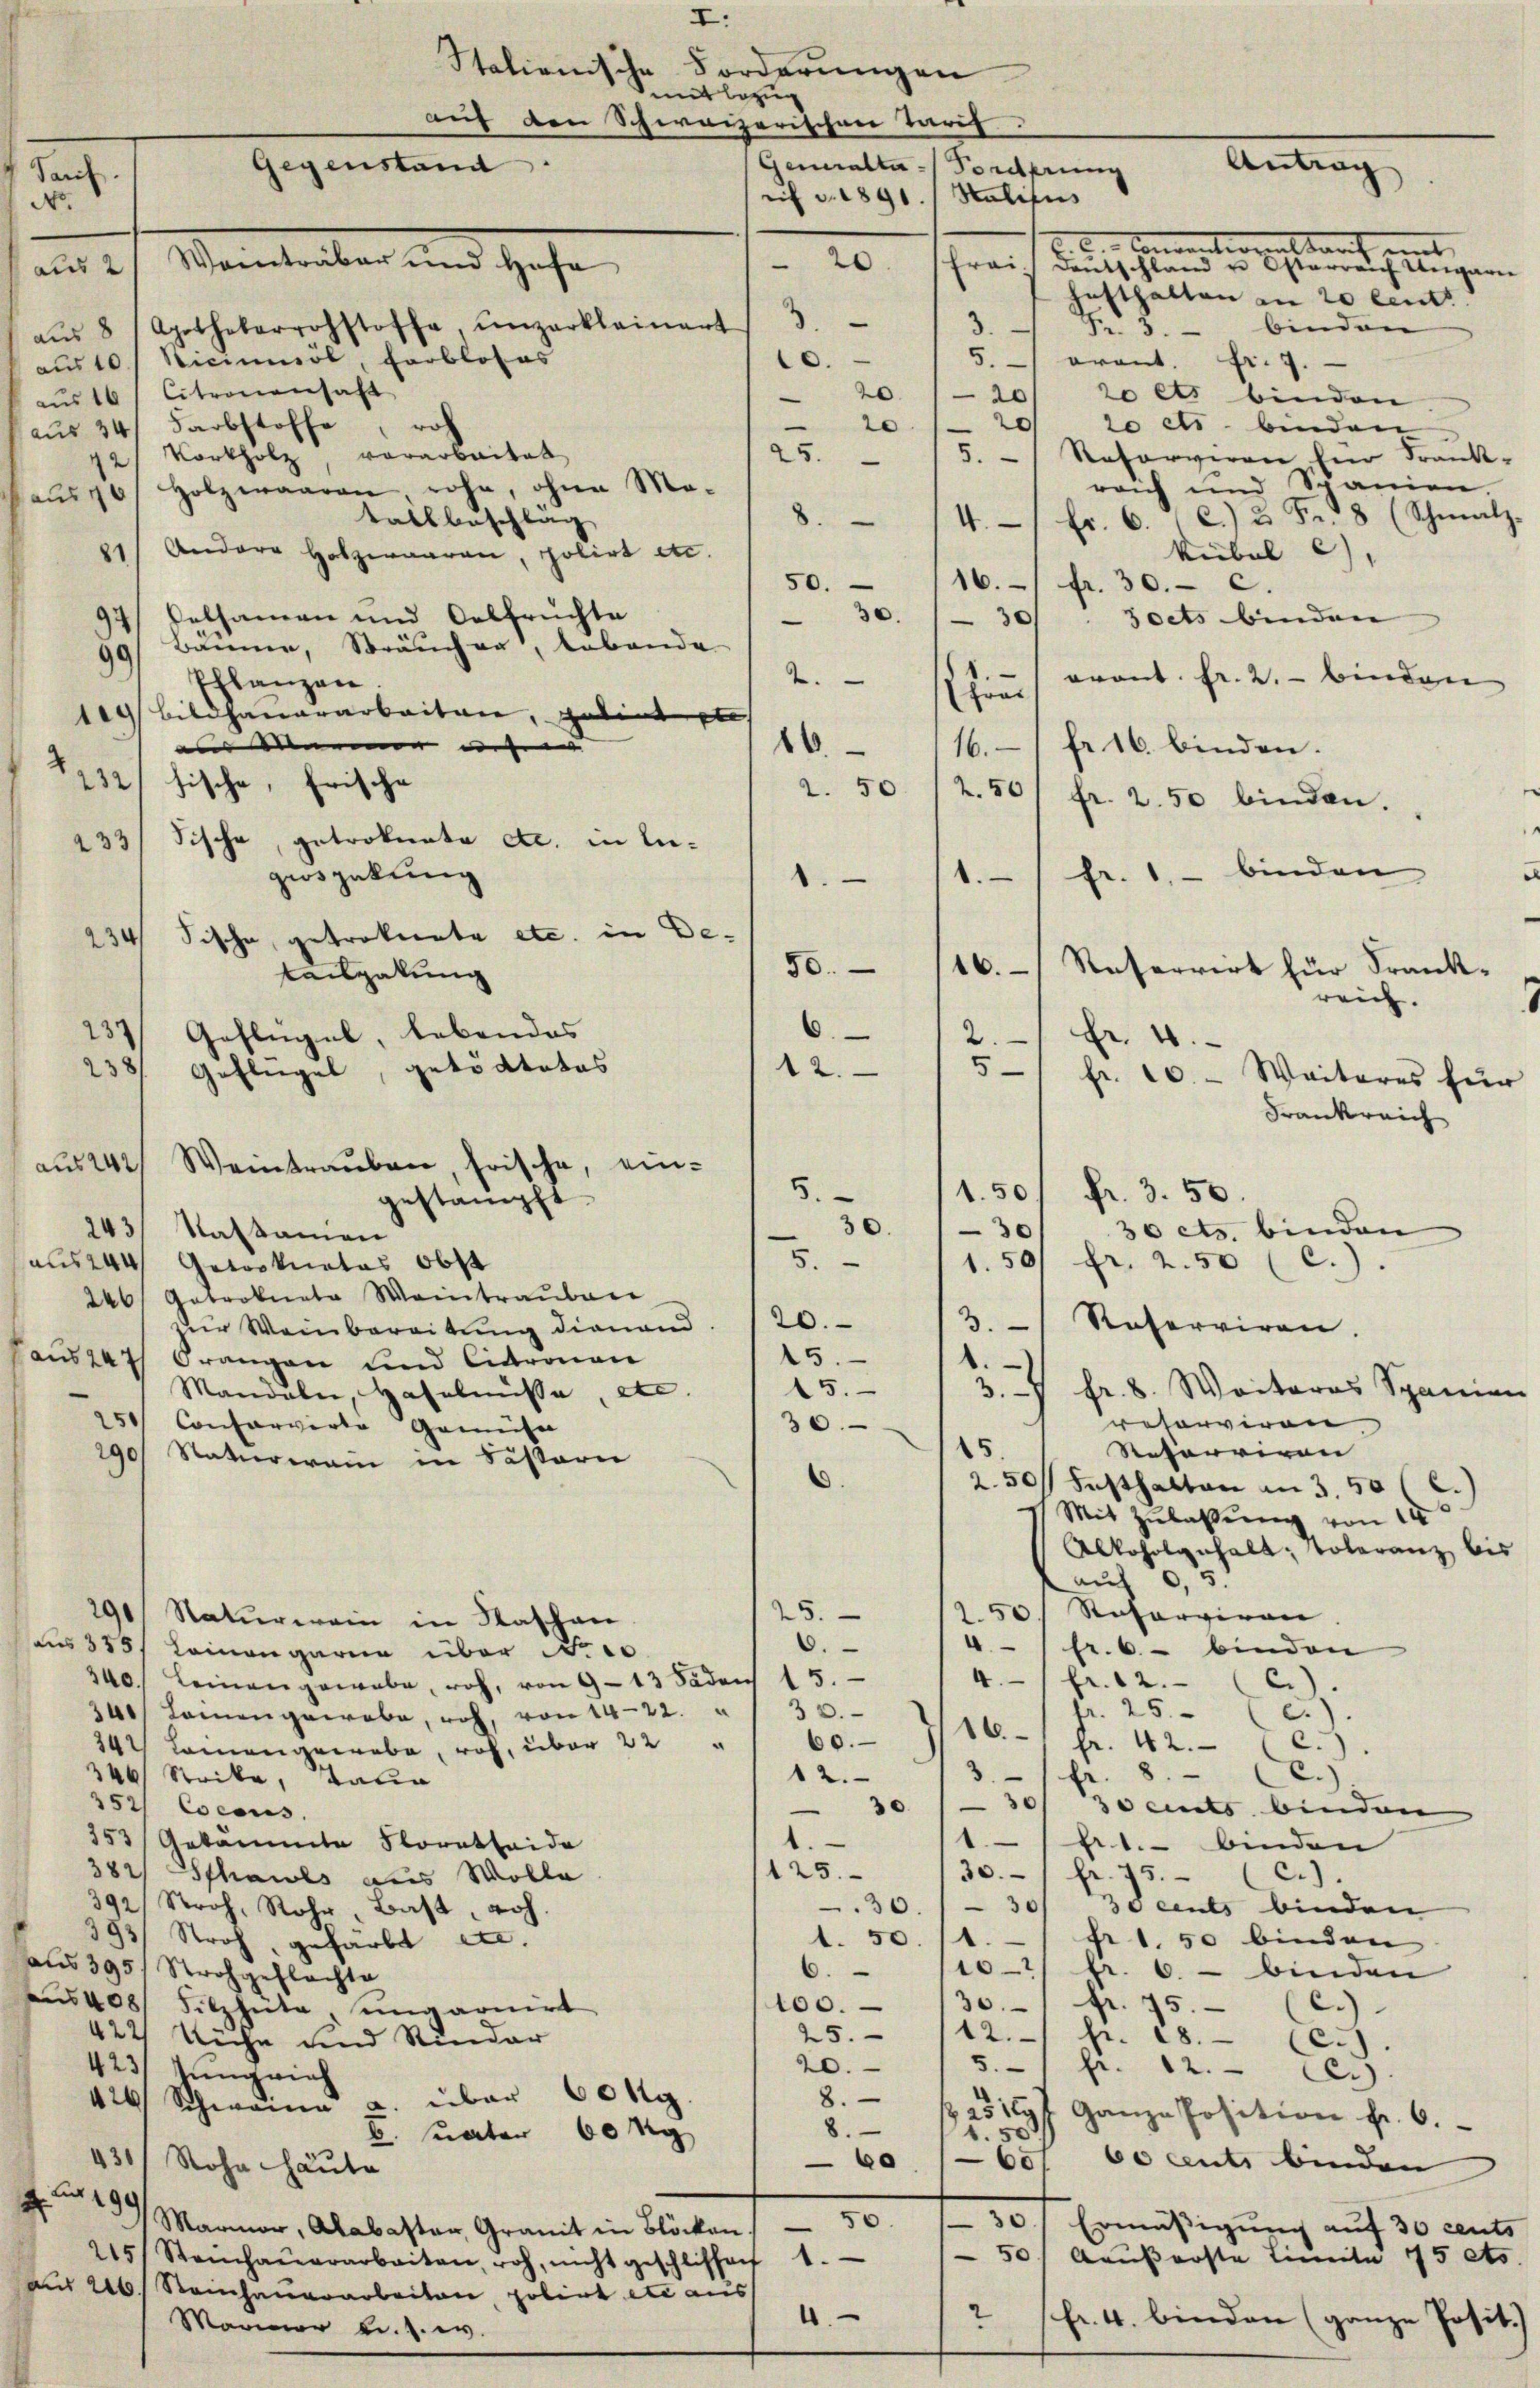
Paris.

Gewalte Forderung
NNo.
au
5./ orant. Fr. 9.
2o es binden
20
20
20 cts. binden
5. Reforveran hier Frank-
reich und Spanien.
8. 14. fr. 6. C.) 3 Fr. 8 (Schmalz-
kübel 6),
81
50.
16. fr. 30. c.
2 Felsamen und Oelfrüchte
Joets binden
30.
30
Baume, Sträucher, lebende
vront. Fr. 2. binden
Pflanzen
hin
19 Bildhauerarbeiten, gebietete
asmer wehr |
fr. 16. binden.
16.
232) Fische, frische
2.50
fr. 2.50 binden.
233/ Fische, getroknete etc. in Lufr. 1. binden
ziospekung
.
234 Fische, getrokurate etc. in De¬
.
tailpakung
237 Geflügel, lebendes
2.
Fr. 4.
238/ Geflügel, getödtetes
aus 242
Weintrauben, frische, ein¬
.50
e
243/ Nastamen
1.50 fr. 2.50 (c.).
aus 244 Getronates Obst
246, Gatronate Weintrauben
3.
Reserviren.
der Weinbereitung dienand
45.
aus 247
.
Orangen und Citronen
15.
3.7 Fr. 8. Weiteres Spanien
Mandale, Haselnüsse, etc.
resorviren
30.
150 Conforvirte Gemüse
15.
Retorrigon |
290 Naturerain in Sästori
.
2.50 Festhalten an 3 50 (c.
e
Mit Zulassung von 14
Alkoholgnhalt: Toleranz bis
auf 0,5
250) Reserviren
25.
291. Naturerein in Kaschen
6.
4. " fr. 6. binden
aus 315, Leinengarin über No 10
4fr. 12.
340. Leinangewebe, roh, von 9-13 Fadens 15.
fr. 25. (c.
240. Lamen gewebe, noch, von 1422. " " 30.
16" fr. 42. (c.
60.
242. Leinen gewebe, roh, über 22 "
3
8. Ce.)
E
12.
146 Stocke, Tann
30/ 30 ents binden
30
252/ Cocons
1
153, Gekannte Floratseide
1. binden
125.
30. fr. 75. (c).
382/ Shawls aus Wolle
30.
se ents binden
392, Stroh, Rohr, Bast, Joh.
¬
38
.
fr 1 50 binden
1. 50.
Stroh, gefärbt etc.
aus 395, Strohgeflachte
.
10-/ fr. 6. - binden
30 " fr. 75. (c.)
100.
 408. Silzheite, ungarnirt
25.
12. Fr. 18 (c.)
422 Reche und Rinder
5.
20.
fr. 12. C.)
423. Jungrich
8.
426 Schwana a. über 60 g
25 189 f. Ganze Position fr. 6.
8.
.50.
E. unter 60 kg
60 so cents binden
60
431/ Sohn Häute
A 299.
Ermäßigung auf 30 cents
Marmor, Alabaster, Granit in Blöcken 50
50 Gaußerste Limite 75 ets
215, Steinhaŭerarbeiten, roh, nicht geschlissen 1.
au 226. Standhauerarbeiten polirt etc aus
4
fr. 4. binden (ganze Posit.
2
Mariner u. s. w.

I.
Stalienische Forderungen
mit bezug
Gegenstand
Weinträber und Hofe
20
—
3
aŭs 8 Apothekarrohstoffe unzarklainert
aus 10f Nicinmöl, Farbloses
10.
aŭs 16, Citronensaft
20
0
wo
aus 34/ Farbstoffe
2/ Korkholz vorarbaitat
25.
aŭs 70/ Holzwaaren, rohe, ohne Mo-
tallbeschlag
Andere Holzwaaren, polirt etc.

gestampft.

auf den Schweizerischen Tarif

2.
16.
2.50.
.
50.
6.
2.
5.
30
5.
20.

rif v. 1891. Salicus

fr. 3. 50.
30 cts. binden

Antrag
2. Conventionalkauf eint |
fraidentschland u. Österreich Ungarn
hosthalten in 20 leut
Fr. 3. binden

Referrirt für Krank-
reich.

51 fr. 20.- Weiteres für
Frankreich